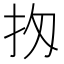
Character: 𢪤